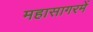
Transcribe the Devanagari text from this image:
महासागरमें